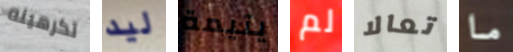
تكرهينه ليد يتيمة لم تعالا ما